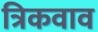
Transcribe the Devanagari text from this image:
त्रिकवाव